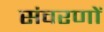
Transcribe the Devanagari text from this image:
संवरणों